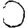
Digit: 0